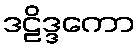
ဒဠိဒ္ဒကော